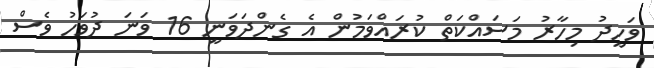
ވަހީދު މިހާރު މަސައްކަތް ކުރައްވަމުން އެ ގެންދަވަނީ 16 ވަނަ ދުވަހު ވެސް